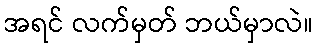
အရင် လက်မှတ် ဘယ်မှာလဲ။